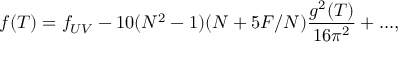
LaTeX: f ( T ) = f _ { U V } - 1 0 ( N ^ { 2 } - 1 ) ( N + 5 F / N ) \frac { g ^ { 2 } ( T ) } { 1 6 \pi ^ { 2 } } + . . . ,